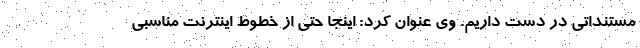
مستنداتی در دست داریم. وی عنوان کرد: اینجا حتی از خطوط اینترنت مناسبی